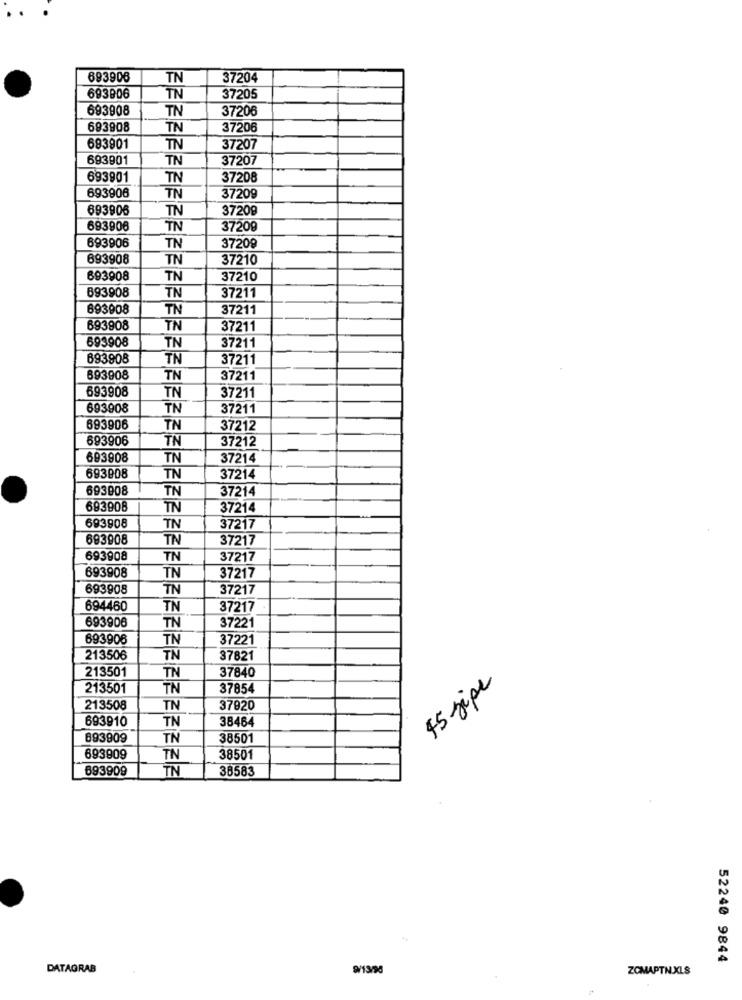
693906
TN
37204
693B06
TN
37205
693908
TN
37206
693908
TN
37206
693901
TN
37207
693901
TN
37207
693901
TN
37208
693906
TN
37209
693906
TN
37209
693906
TN
37209
693906
TN
37209
693908
TN
37210
693908
TN
37210
693908
TN
37211
693908
TN
37211
693908
TN
37211
693908
TN
37211
693908
TN
37211
693908
TN
37211
693908
TN
37211
693908
TN
37211
693906
TN
37212
693906
TN
37212
693908
TN
37214
693908
TN
37214
693908
TN
37214
693908
TN
37214
693908
TN
37217
693908
TN
37217
693908
TN
37217
693908
TN
37217
693908
TN
37217
694460
TN
37217
693906
TN
37221
693906
TN
37221
213506
TN
37821
213501
37840
TN
45 jipe
213501
TN
37854
213508
TN
37920
693910
TN
38464
693909
TN
38501
693909
TN
38501
693909
TN
38583
52240 9844
DATAGRAB
9/13/98
ZOMAPTN.XLS